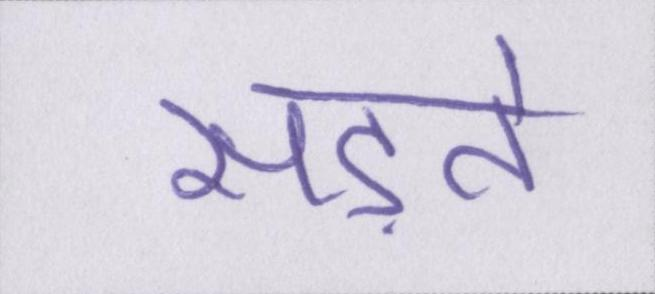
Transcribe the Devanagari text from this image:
सड़ते